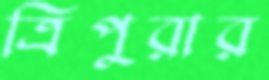
ত্রিপুরার